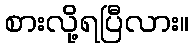
စားလို့ရပြီလား။